Annual report on the working of the lock hospitals in the North-Western Provinces and Oudh
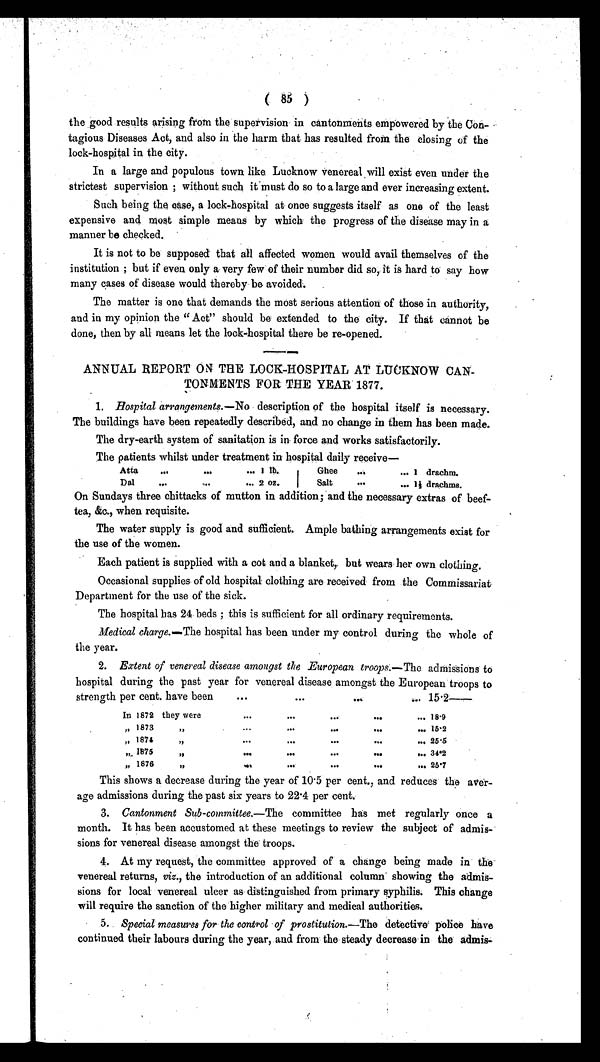
( 86 )
the good results arising from the supervision in cantonments empowered by the Con-
tagious Diseases Act, and also in the harm that has resulted from the closing of the
lock-hospital in the city.
In a large and populous town like Lucknow venereal will exist even under the
strictest supervision ; without such it must do so to a large and ever increasing extent.
Such being the case, a lock-hospital at once suggests itself as one of the least
expensive and most simple means by which the progress of the disease may in a
manner be checked.
It is not to be supposed that all affected women would avail themselves of the
institution ; but if even only a very few of their number did so, it is hard to say how
many cases of disease would thereby be avoided.
The matter is one that demands the most serious attention of those in authority,
and in my opinion the "Act" should be extended to the city. If that cannot be
done, then by all means let the lock-hospital there be re-opened.
ANNUAL REPORT ON THE LOCK-HOSPITAL AT LUCKNOW CAN-
TONMENTS FOR THE YEAR 1877.
1. Hospital arrangements.— No description of the hospital itself is necessary.
The buildings have been repeatedly described, and no change in them has been made.
The dry-earth system of sanitation is in force and works satisfactorily.
The patients whilst under treatment in hospital daily receive—
Atta
...
. . .
. . . 1 lb
Ghee
. . .
. . . 1
drachm.
Dal
. . .
. . .
... 2 oz.
Salt
. . .
. . . 1½ drachms.
On Sundays three chittacks of mutton in addition; and the necessary extras of beef-
tea, &c., when requisite.
The water supply is good and sufficient. Ample bathing arrangements exist for
the use of the women.
Each patient is supplied with a cot and a blanket,. but wears her own clothing.
Occasional supplies of old hospital clothing are received from the Commissariat
Department for the use of the sick.
The hospital has 24 beds ; this is sufficient for all ordinary requirements.
Medical charge.—.The hospital has been under my control during the whole of
the year.
2. Extent of venereal disease amongst the European troops.— The admissions to
hospital during the past year for venereal disease amongst the European troops to
strength per cent. have been
...
...
... ... 15·2—
In 1872 they were
. . .
. . .
. . .
. . .
. . . 18·9
„ 1873,,
. . .
. . .
...
. . .
... 15 . 2
,, 1874
,,
. . .
. . .
. . .
. . .
... 25·5
,, 1875,,
. . .
...
...
. . .
... 34·2
„ 1876 ,,
. . .
. . .
. . .
. . .
... 25·7
This shows a decrease during the year of 10·5 per cent., and reduces the aver-
age admissions during the past six years to 22·4 per cent.
3. Cantonment Sub-committee.—The committee has met regularly once a.
month. It has been accustomed at these meetings to review the subject of admis-
sions for venereal disease amongst the troops.
4. At my request, the committee approved of a change being made in the
venereal returns, viz ., the introduction of an additional column showing the admis-
sions for local venereal ulcer as distinguished from primary syphilis. This change
will require the sanction of the higher military and medical authorities.
5. Special measures for the control of prostitution.—The detective police have
continued their labours during the year, and from the steady decrease in the admis-